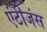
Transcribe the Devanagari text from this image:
एंटीजंस